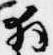
拝